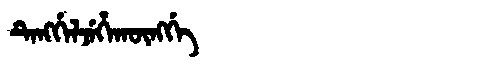
Manchu: ᡨᡝᠩᡤᡝᠯᠵᡝᡥᠠᡴᡡᠩᡤᡝ
Romanization: TENGGELJEHAKŪNGGE